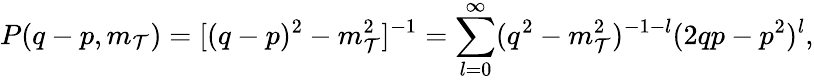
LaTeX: P(q-p,m_{\mathcal{T}})=[(q-p)^{2}-m_{\mathcal{T}}^{2}]^{-1}=\sum_{l=0}^{\infty}(q^{2}-m_{\mathcal{T}}^{2})^{-1-l}(2qp-p^{2})^{l},